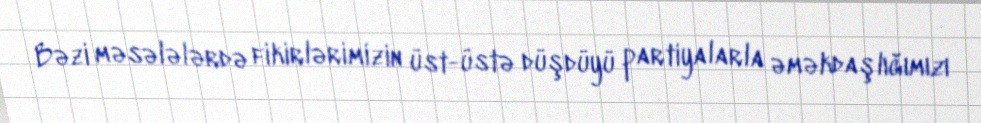
Bəzi məsələlərdə fikirlərimizin üst-üstə düşdüyü partiyalarla əməkdaşlığımızı